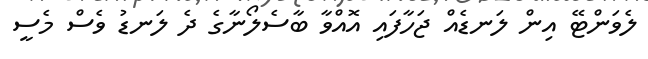
ލެވަންޓޭ އިން ލަނޑެއް ޖަހާފައި އޮއްވާ ބާސެލޯނާގެ ދެ ލަނޑު ވެސް މެސީ